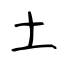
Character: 土